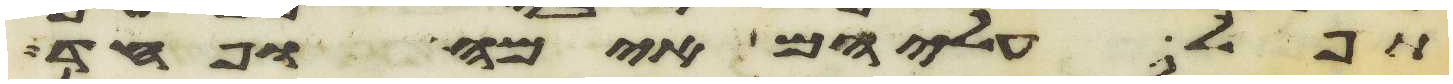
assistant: תפל עליהם אימה ופחד